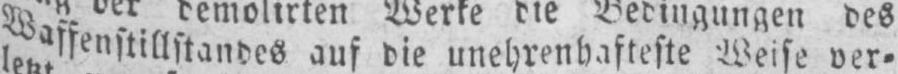
Waffenstillstandes auf die unehrenhafteste Weise ver⸗